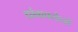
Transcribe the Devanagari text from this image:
थ्रांबाक्सेनों